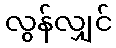
လွန်လျှင်